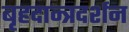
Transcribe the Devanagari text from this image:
बृहदान्त्रदर्शन